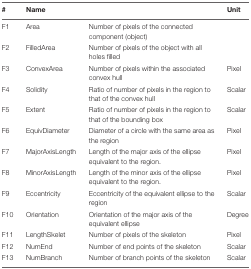
<table><thead><tr><td><b>#</b></td><td><b>Name</b></td><td>[EMPTY_CELL]</td><td><b>Unit</b></td></tr></thead><tbody><tr><td>F1</td><td>Area</td><td>Number of pixels of the connected component (object)</td><td>[EMPTY_CELL]</td></tr><tr><td>F2</td><td>FilledArea</td><td>Number of pixels of the object with all holes filled</td><td>[EMPTY_CELL]</td></tr><tr><td>F3</td><td>ConvexArea</td><td>Number of pixels within the associated convex hull</td><td>Pixel</td></tr><tr><td>F4</td><td>Solidity</td><td>Ratio of number of pixels in the region to that of the convex hull</td><td>Scalar</td></tr><tr><td>F5</td><td>Extent</td><td>Ratio of number of pixels in the region to that of the bounding box</td><td>Scalar</td></tr><tr><td>F6</td><td>EquivDiameter</td><td>Diameter of a circle with the same area as the region</td><td>Pixel</td></tr><tr><td>F7</td><td>MajorAxisLength</td><td>Length of the major axis of the ellipse equivalent to the region.</td><td>Pixel</td></tr><tr><td>F8</td><td>MinorAxisLength</td><td>Length of the minor axis of the ellipse equivalent to the region.</td><td>Pixel</td></tr><tr><td>F9</td><td>Eccentricity</td><td>Eccentricity of the equivalent ellipse to the region</td><td>Scalar</td></tr><tr><td>F10</td><td>Orientation</td><td>Orientation of the major axis of the equivalent ellipse</td><td>Degree</td></tr><tr><td>F11</td><td>LengthSkelet</td><td>Number of pixels of the skeleton</td><td>Pixel</td></tr><tr><td>F12</td><td>NumEnd</td><td>Number of end points of the skeleton</td><td>Scalar</td></tr><tr><td>F13</td><td>NumBranch</td><td>Number of branch points of the skeleton</td><td>Scalar</td></tr></tbody></table>